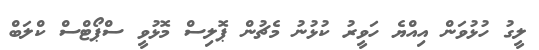
ލީގު ހުޅުވަން އިއްޔެ ހަވީރު ކުޅުނު މެޗުން ޕޮލިސް މޮޅުވީ ސްޕޯޓްސް ކްލަބް